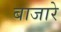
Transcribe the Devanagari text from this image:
बाजारे